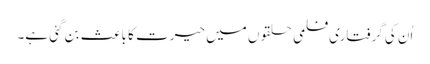
اُن کی گرفتاری فلمی حلقوں میں حیرت کا باعث بن گئی ہے۔